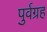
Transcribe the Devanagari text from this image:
पुर्वग्रह